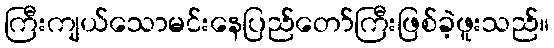
ကြီးကျယ်သောမင်းနေပြည်တော်ကြီးဖြစ်ခဲ့ဖူးသည်။